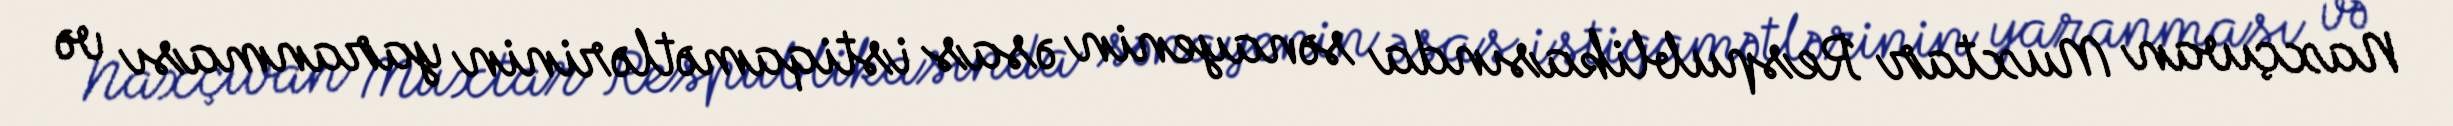
Naxçıvan Muxtar Respublikasında sənayenin əsas istiqamətlərinin yaranması və